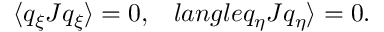
\langle q _ { \xi } J q _ { \xi } \rangle = 0 , \ \ \, l a n g l e q _ { \eta } J q _ { \eta } \rangle = 0 .